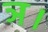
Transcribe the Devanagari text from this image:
ञ।